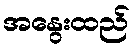
အနွေးထည်